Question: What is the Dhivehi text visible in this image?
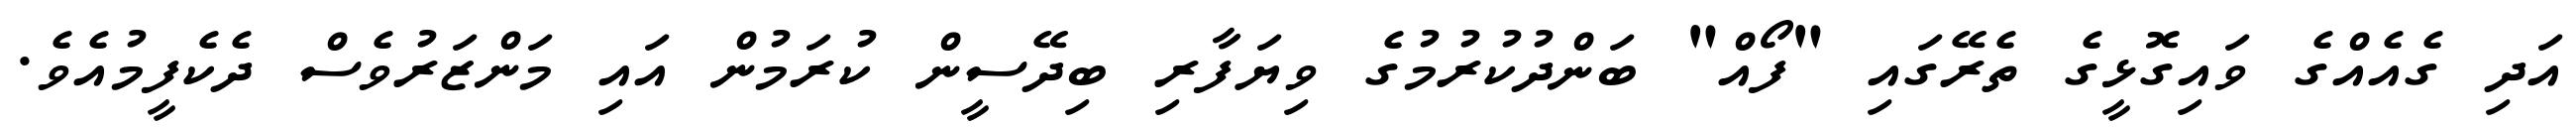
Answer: އަދި ގެއެއްގެ ވައިގޮޅީގެ ތެރޭގައި "ފޯއް" ބަންދުކުރުމުގެ ވިޔަފާރި ބިދޭސީން ކުރަމުން އައި މަންޒަރުވެސް ދެކެފީމުއެވެ.